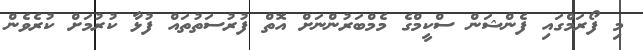
މި ފޯރަމްގައި ފެންޝަން ސްކީމްގެ މެމްބަރުންނަށް އޮތް ފުރުސަތުތައް ފުޅާ ކުރުމަށް ކުރެވެން